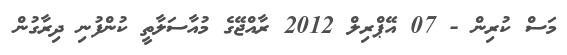
މަސް ކުރިން - 07 އޭޕްރިލް 2012 ރާއްޖޭގެ މުއާސަލާތީ ކުންފުނި ދިރާގުން